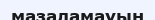
мазаламауын